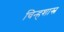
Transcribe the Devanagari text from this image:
चिन्हशास्त्र